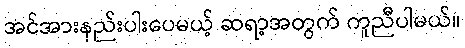
အင်အားနည်းပါးပေမယ့် ဆရာ့အတွက် ကူညီပါမယ်။